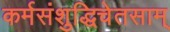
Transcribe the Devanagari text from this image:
कर्मसंशुद्धिचेतसाम्